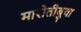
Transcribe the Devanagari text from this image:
मारोतीबुवा